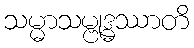
သမ္မာသမ္ဗုဒ္ဓဿာတိ